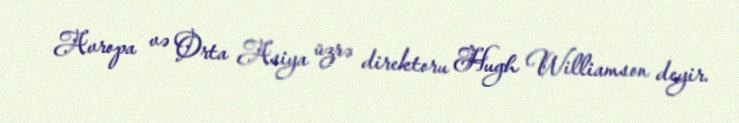
Avropa və Orta Asiya üzrə direktoru Hugh Williamson deyir.